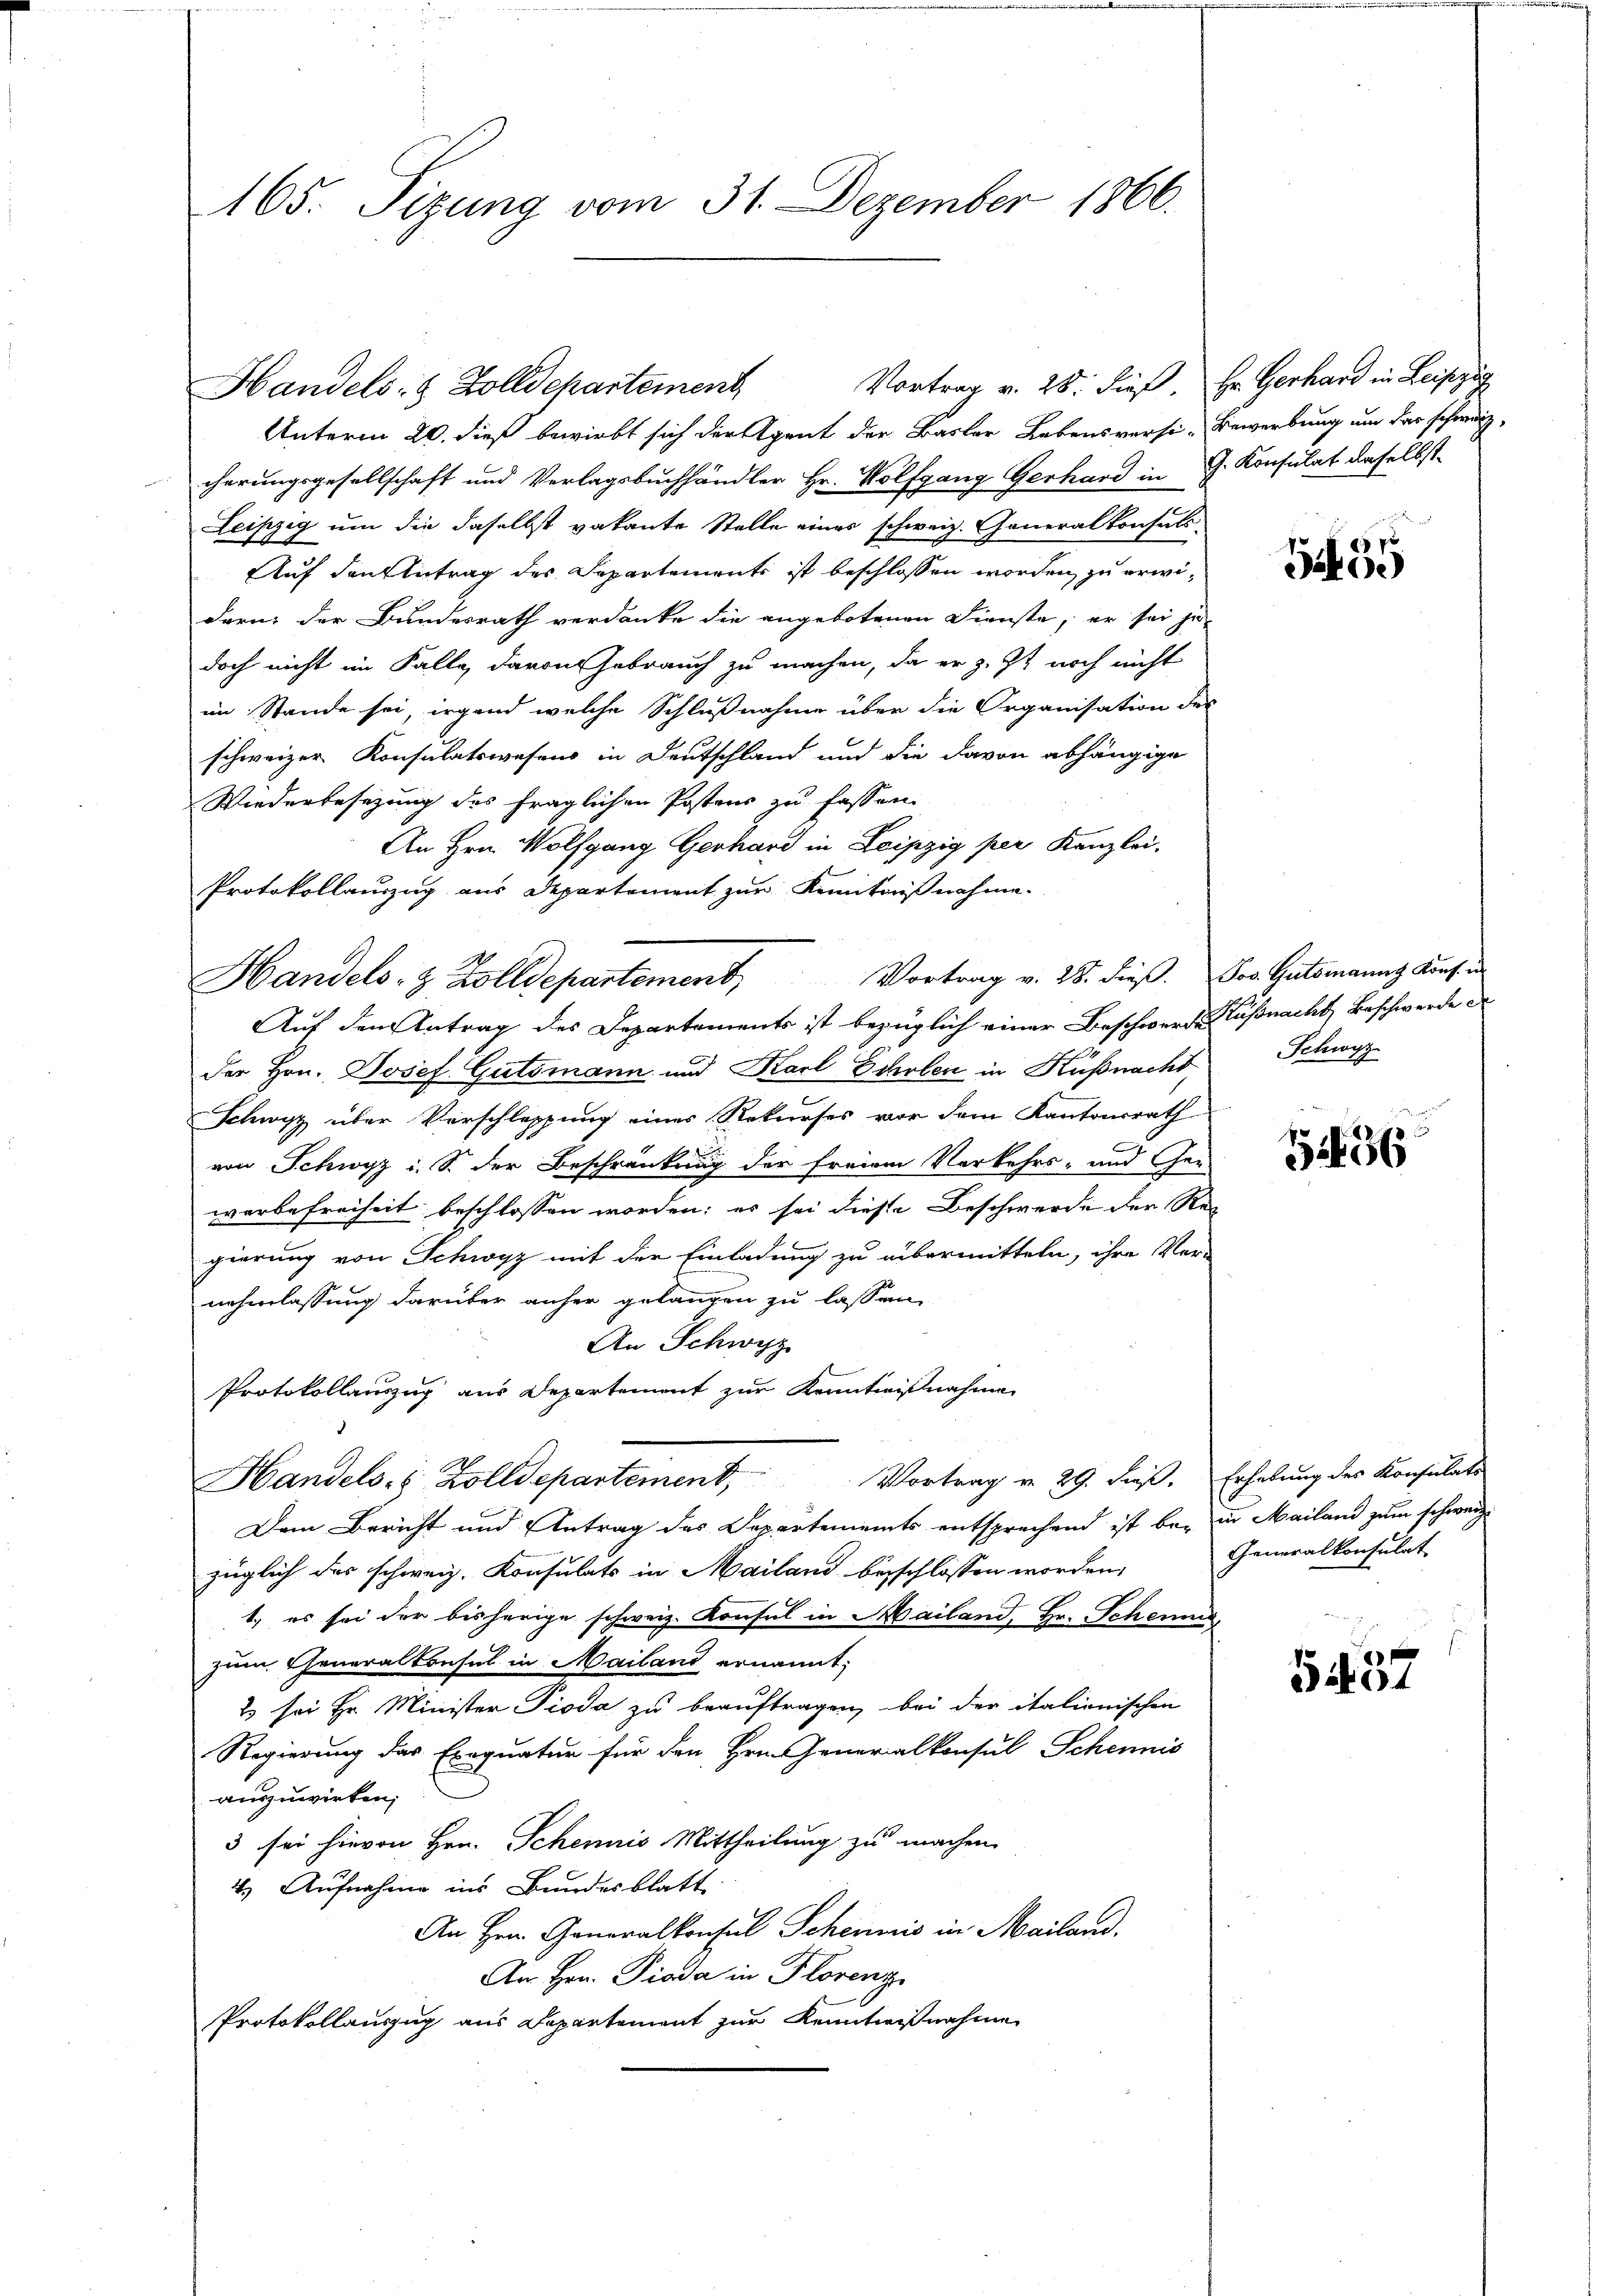
Vortrag v. 28. dieß. Hr. Gerhard in Leipzig
Handels- & Zolldepartement
Unterm 20. dieß bewirbt sich der Agent der Basler Lebensversi-Bewerbung um der schweiz,
cherungsgesellschaft und Verlagsbuchhändler Hr. Wolfgang Gerhard in G. Konsulat daselbst
iszig um die daselbst vakante Stelle eines schweiz. Generalkonsuls
D
Auf den Antrag des Departements ist beschlossen worden zu erwidern der Bundesrath verdanke die angebotenen Dienste, er sei je-
doch nicht im Falle davon Gebrauch zu machen, da er z. Zt. noch nicht
im Stande sei, irgend welche Schlußnahme über die Organisation des
schweizer Konsulatswesens in Deutschland und die davon abhängige
Wiederbesezung des fraglichen Postens zu fassen.
An Hrn. Wolfgang Gerhard in Leipzig per Kanzlei,
Protokollauszug aus Departement zur Kenntnißnahme.
Auf den Antrag des Departements ist bezüglich einer Beschwerde Küßnacht, Beschwerde e
der Hrn. Josef Gutsmann und Karl Echalen in Küßnacht,
Schwyz über Vorschlapfung eines Rekurses vor dem Kantonsrath
von Schwyz i. S. der Beschränkung der freien Vorkehrs- und Ge-
werbefreiheit beschlossen worden; es sei diese Beschwerde der Rei
gierung von Schwyz mit der Einladung zu übermitteln, ihre Ver-
naehmlassung darüber anher gelangen zu lassen,
An Schwyz
Protokollauszug aus Departement zur Kenntnißnahmen
Handels- & Zolldepartement, Vortrag v. 29. dieβ.
Den Bericht und Antrag des Departements entsprechend ist bei in Mailand zum schweiz
züglich des schweiz. Konsulats in Mailand beschlossen worden,
1) es sei der bisherige schweiz. Konsul in Mailand, Hr. Scheun
zum Cheneralkonsul in Mailand ernannt;
2 sei Hr. Minister Pioda zu beauftragen, bei der italienischen
Regierung das Exequatur für den Hrn. Generalkonsul Schennis
auszuwirken;
3 sei hievon Hrn. Schemnis Mittheilung zu machen.
2. Aufnahme ins Bundesblatt
An Hrn. Generalkonsul Schennis in Mailand.
An Hrn. Pioda in Florenz
Protokollauszug aus Departement zur Kenntnißnahme

165. Sizung vom 31. Dezember 1866.

Handels- & Zolldepartement. Vortrag v. 25. dieß. Dr. Gutsmanns Kunsten

t35

Schwyz

1456

Erhebung des Konsulats
Generalkonsulat

5457